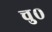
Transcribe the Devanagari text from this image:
चु०